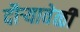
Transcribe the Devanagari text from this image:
दौर्‍यावेळी